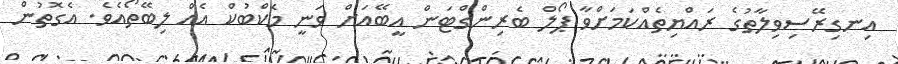
އިނގިރޭސިވިލާތުގެ ރައްޔިތެއްކަމަށްވާ ޕޯލް ބެރިންގްޓަން އީބޭއަށް ވަނީ މެކްބުކް އެއް ލިބޭތޯއެވެ. އެގޮތުން